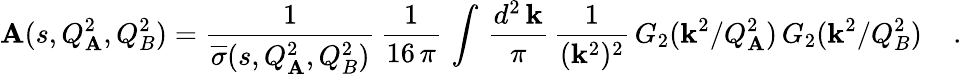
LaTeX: {\cal\mathbf{A}}(s,Q_{\mathbf{A}}^{2},Q_{B}^{2})={\frac{{1}}{{{\overline{{{{\sigma}}}}}(s,Q_{\mathbf{A}}^{2},Q_{B}^{2})}}}\, {\frac{{1}}{{16\, \pi}}}\, \int\, {\frac{{d^{2}\, {\mathbf{k}}}}{{\pi}}}\, {\frac{{1}}{{({{\mathbf{k}}}^{2})^{2}}}}\, G_{2}({\mathbf{k}}^{2}/Q_{\mathbf{A}}^{2})\, G_{2}({\mathbf{k}}^{2}/Q_{B}^{2})\; \; \; \; .